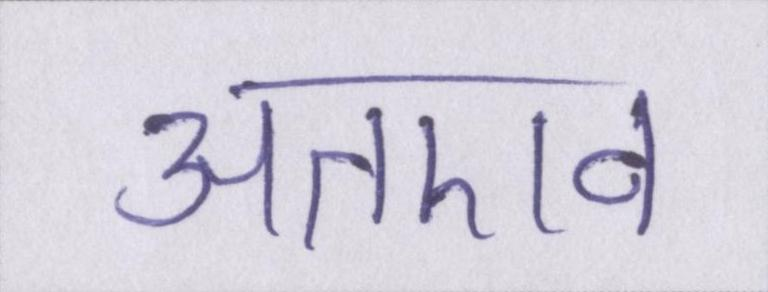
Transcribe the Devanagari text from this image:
अतएव